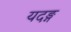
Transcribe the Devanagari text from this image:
यदङ्ग